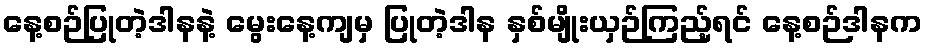
နေ့စဉ်ပြုတဲ့ဒါနနဲ့ မွေးနေ့ကျမှ ပြုတဲ့ဒါန နှစ်မျိုးယှဉ်ကြည့်ရင် နေ့စဉ်ဒါနက